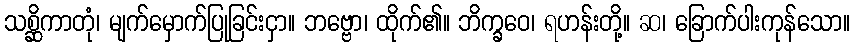
သစ္ဆိကာတုံ၊ မျက်မှောက်ပြုခြင်းငှာ။ ဘဗ္ဗော၊ ထိုက်၏။ ဘိက္ခဝေ၊ ရဟန်းတို့။ ဆ၊ ခြောက်ပါးကုန်သော။